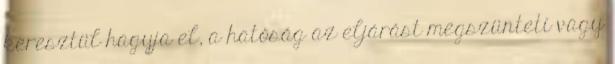
keresztül hagyja el, a hatóság az eljárást megszünteti vagy